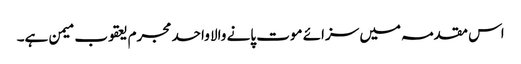
اس مقدمہ میں سزائے موت پانے والا واحد مجرم یعقوب میمن ہے۔